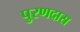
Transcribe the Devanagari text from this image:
पुरणदास